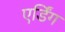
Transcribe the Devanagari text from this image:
एर्डिंग